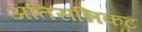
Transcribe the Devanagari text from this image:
अतिसन्निकट